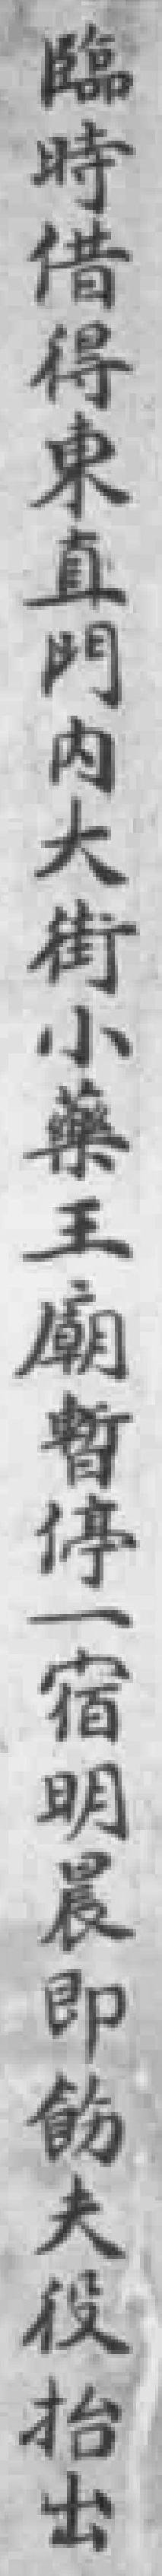
臨時借得東直門内大街小藥王廟暫停一宿明晨即飭夫役抬出